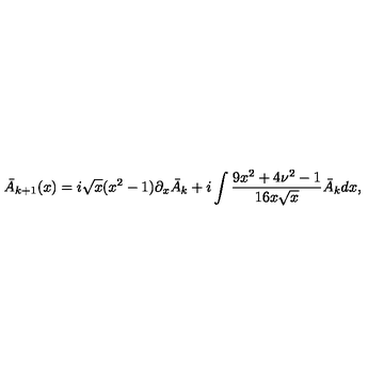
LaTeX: \bar { A } _ { k + 1 } ( x ) = i \sqrt { x } ( x ^ { 2 } - 1 ) \partial _ { x } \bar { A } _ { k } + i \int \frac { 9 x ^ { 2 } + 4 \nu ^ { 2 } - 1 } { 1 6 x \sqrt { x } } \bar { A } _ { k } d x ,